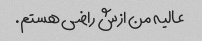
عالیه من ازش راضی هستم.